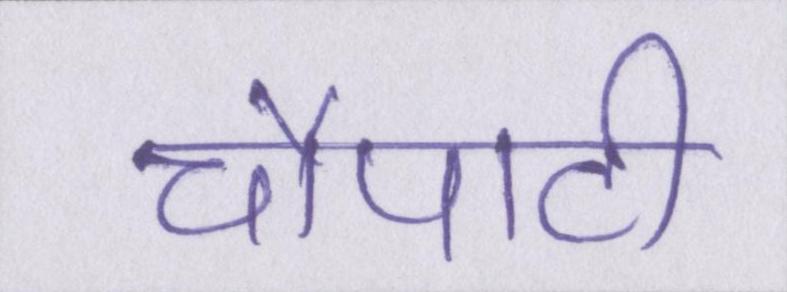
चौपाटी